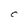
Character: C